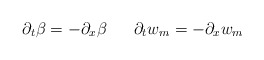
\begin{align*}\partial_t\beta = -\partial_x \beta~~~~~\partial_t w_m= -\partial_x w_m\end{align*}